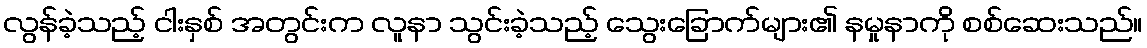
လွန်ခဲ့သည့် ငါးနှစ် အတွင်းက လူနာ သွင်းခဲ့သည့် သွေးခြောက်များ၏ နမှုနာကို စစ်ဆေးသည်။